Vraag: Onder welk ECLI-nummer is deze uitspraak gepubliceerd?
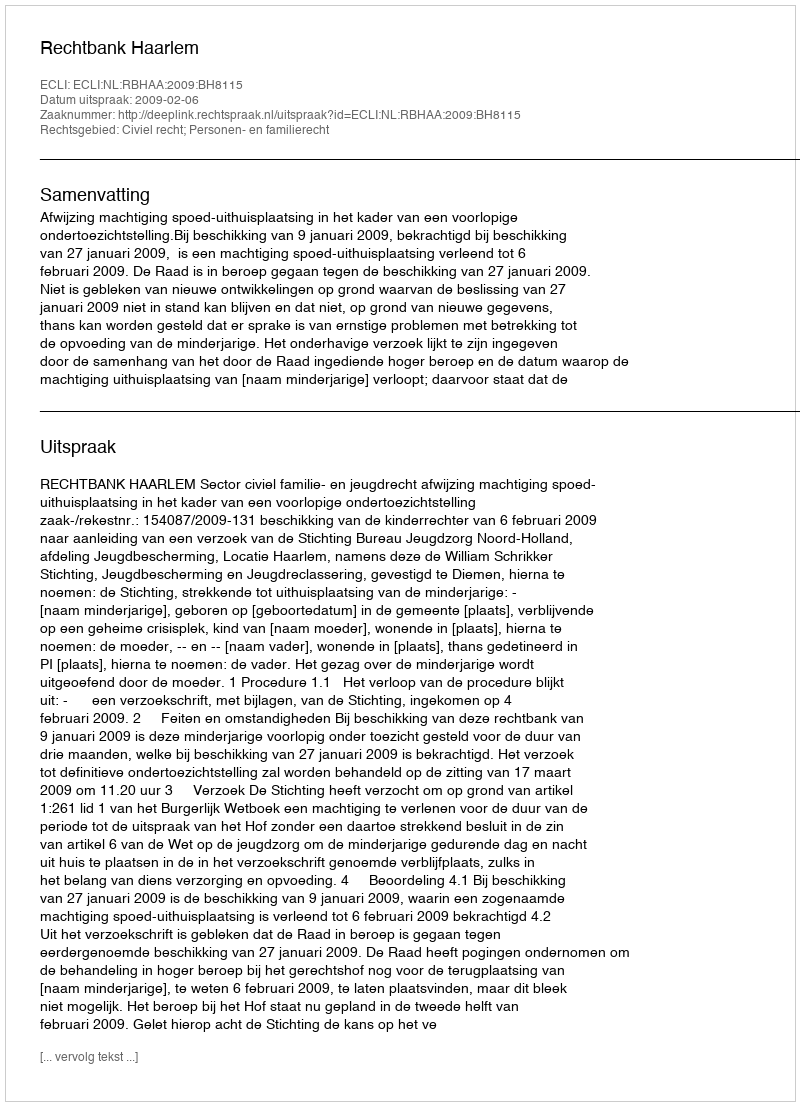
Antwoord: ECLI:NL:RBHAA:2009:BH8115